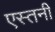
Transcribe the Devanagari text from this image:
एस्तनी